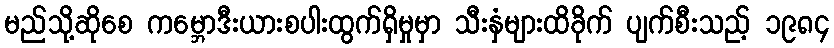
မည်သို့ဆိုစေ ကမ္ဘောဒီးယားစပါးထွက်ရှိမှုမှာ သီးနှံများထိခိုက် ပျက်စီးသည့် ၁၉၈၄